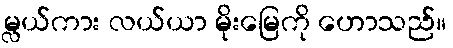
မ္လယ်ကား လယ်ယာ မိုးမြေကို ဟောသည်။